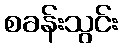
စခန်းသွင်း